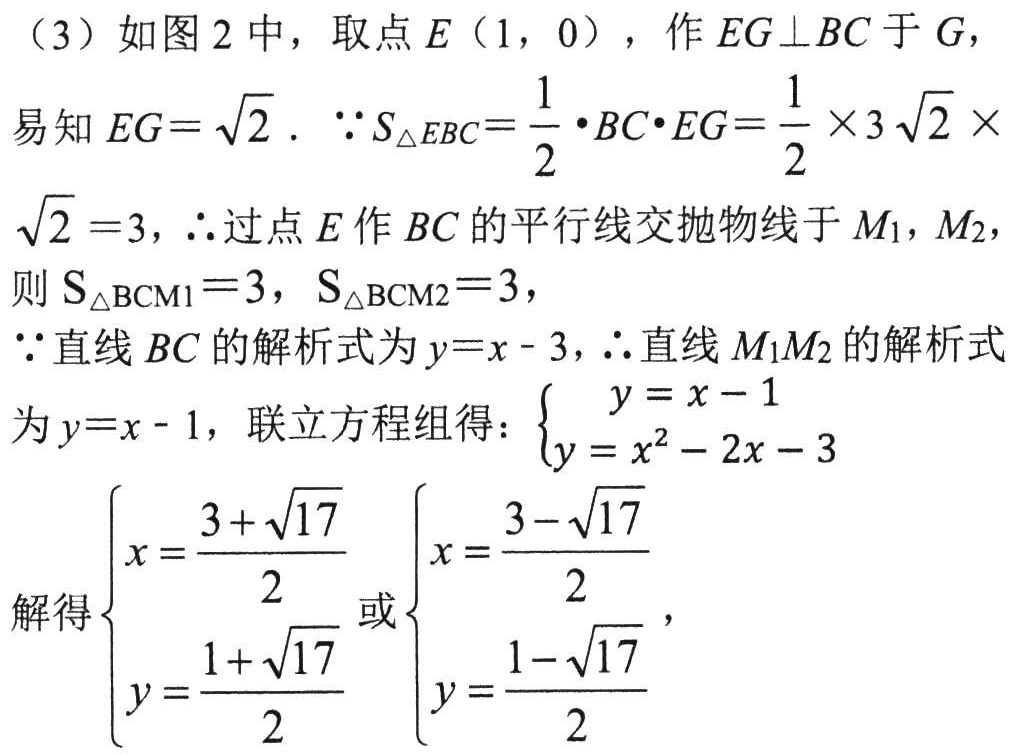
（3）如图2中，取点\(E(1,0)\)，作\(EG\perp BC\)于\(G\)，
易知\(EG = \sqrt{2}\)．\(\because S_{\triangle EBC}=\frac{1}{2}\cdot BC\cdot EG=\frac{1}{2}\times3\sqrt{2}\times\sqrt{2} = 3\)，\(\therefore\)过点\(E\)作\(BC\)的平行线交抛物线于\(M_1,M_2\)，
则\(S_{\triangle BCM1}=3\)，\(S_{\triangle BCM2}=3\)，
\(\because\)直线\(BC\)的解析式为\(y = x - 3\)，\(\therefore\)直线\(M_1M_2\)的解析式为\(y = x - 1\)，联立方程组得：\(\begin{cases}y = x - 1\\y = x^{2} - 2x - 3\end{cases}\)
解得\(\begin{cases}x = \frac{3 + \sqrt{17}}{2}\\y = \frac{1 + \sqrt{17}}{2}\end{cases}\)或\(\begin{cases}x = \frac{3 - \sqrt{17}}{2}\\y = \frac{1 - \sqrt{17}}{2}\end{cases}\)